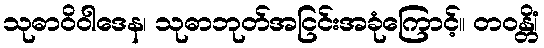
သုဓာဝိဝါဒေန၊ သုဓာဘုတ်အငြင်းအခုံကြောင့်။ တဝန္တိံ၊